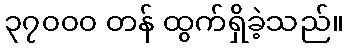
၃၇၀၀၀ တန် ထွက်ရှိခဲ့သည်။